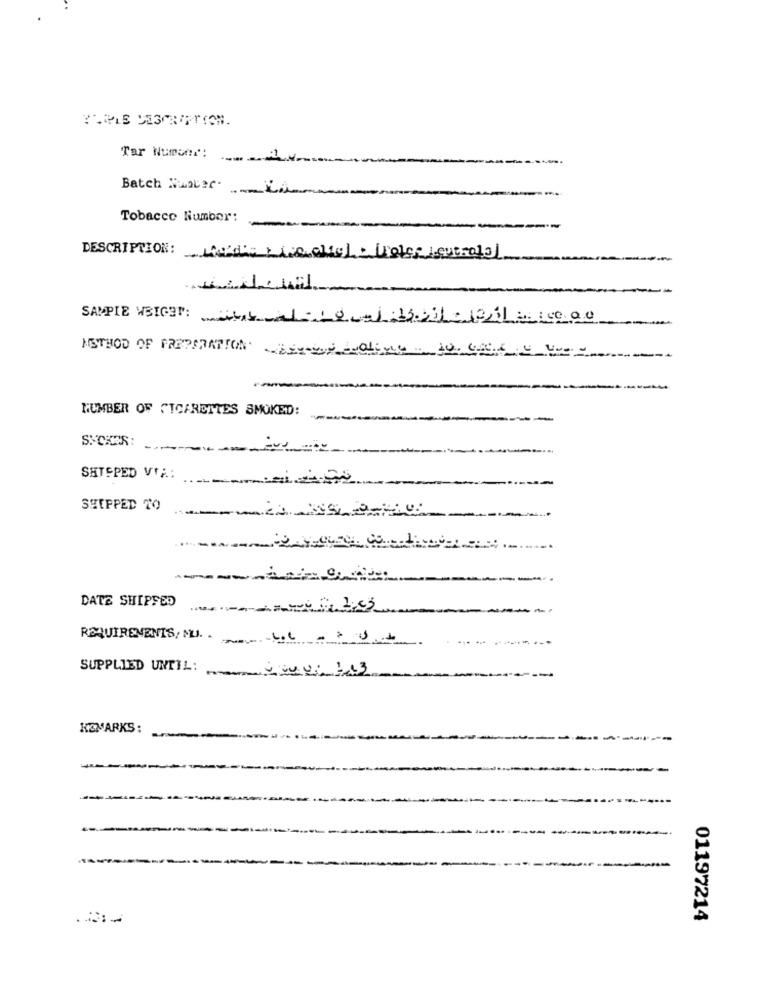
Tar Numunr:
Batch Runter
Tobacco Number:
DESCRIPTION: Mad: social. Ligles cuerotal
SAMPIE WEIGHT:
Hat1-deLaBo11- 1011 - 100.00
METHOD OF PREPARATION 016x4 10. 44.6.9 47-
--
NUMBER OF CIGARETTES SMOKED:
SACHES:
SHTSPED VIA:
SHIPPED TO
DATE SHIPFED
REQUIREMENTS, MU. .
SUPPLIED UNTIL: 00: 143
KEMARKS:
01197214